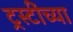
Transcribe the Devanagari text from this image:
ट्रस्टींच्या